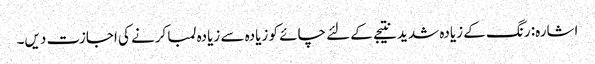
اشارہ: رنگ کے زیادہ شدید نتیجے کے لئے چائے کو زیادہ سے زیادہ لمبا کرنے کی اجازت دیں۔